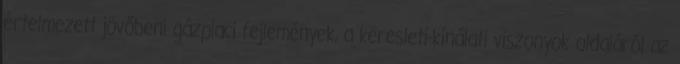
értelmezett jövőbeni gázpiaci fejlemények, a keresleti-kínálati viszonyok oldaláról az